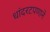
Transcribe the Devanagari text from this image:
धांदरटपणाने